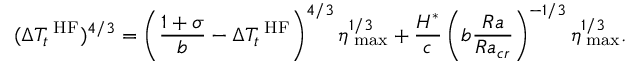
( \Delta T _ { t } ^ { \mathrm { \scriptsize ~ H F } } ) ^ { 4 / 3 } = \left( \frac { 1 + \sigma } { b } - \Delta T _ { t } ^ { \mathrm { \scriptsize ~ H F } } \right) ^ { 4 / 3 } \eta _ { \mathrm { \scriptsize ~ m a x } } ^ { 1 / 3 } + \frac { H ^ { * } } { c } \left( b \frac { R a } { R a _ { c r } } \right) ^ { - 1 / 3 } \eta _ { \mathrm { \scriptsize ~ m a x } } ^ { 1 / 3 } .